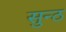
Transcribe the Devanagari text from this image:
सुन्ठ